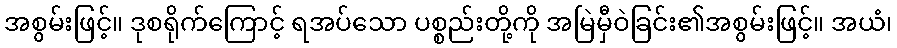
အစွမ်းဖြင့်။ ဒုစရိုက်ကြောင့် ရအပ်သော ပစ္စည်းတို့ကို အမြဲမှီဝဲခြင်း၏အစွမ်းဖြင့်။ အယံ၊